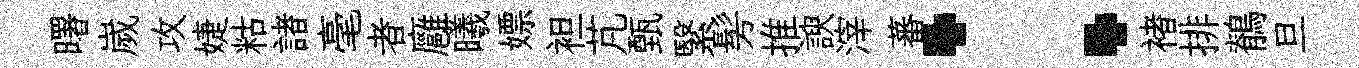
曙嵗攻婕䊀諸毫者廱曦嫖袒芃甄繄髣推諛滓蕃：褚排鶺旦